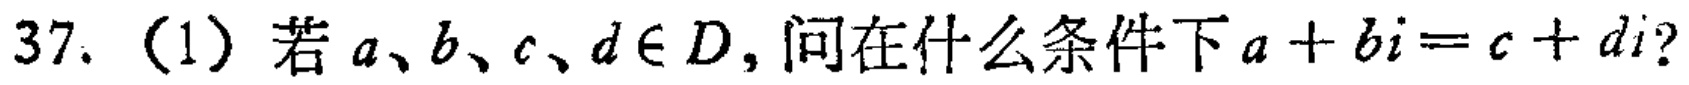
37. (1) 若 \(a、b、c、d\in D\)，问在什么条件下 \(a + bi = c + di\)?